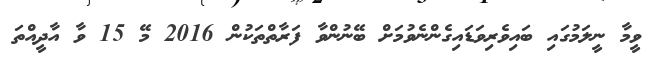
ވީމާ ނީލަމުގައި ބައިވެރިވަޑައިގެންނެވުމަށް ބޭނުންވާ ފަރާތްތަކުން 2016 މޭ 15 ވާ އާދީއްތަ